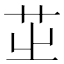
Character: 𦭩